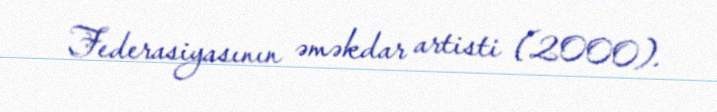
Federasiyasının əməkdar artisti (2000).